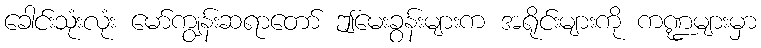
ခေါင်းသုံးလုံး မော်ကျွန်းဆရာတော် ဤမေးခွန်းများက အရိုင်းများကို ကဏ္ဍများမှာ